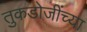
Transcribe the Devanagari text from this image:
तुकडोजींच्या